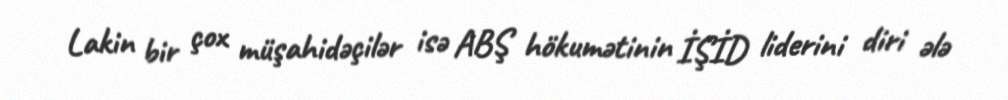
Lakin bir çox müşahidəçilər isə ABŞ hökumətinin İŞİD liderini diri ələ